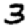
Digit: 3